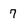
Character: 7